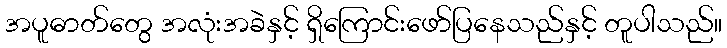
အပူဓာတ်တွေ အလုံးအခဲနှင့် ရှိကြောင်းဖော်ပြနေသည်နှင့် တူပါသည်။